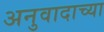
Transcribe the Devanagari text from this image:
अनुवादाच्‍या